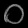
Digit: ၀